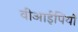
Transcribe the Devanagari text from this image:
वीआईपियों